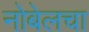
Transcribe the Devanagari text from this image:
नोबेलचा